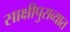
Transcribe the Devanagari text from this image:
साक्षीपुराव्यात